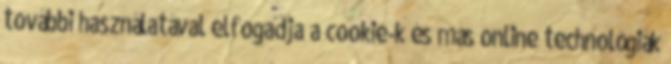
további használatával elfogadja a cookie-k és más online technológiák